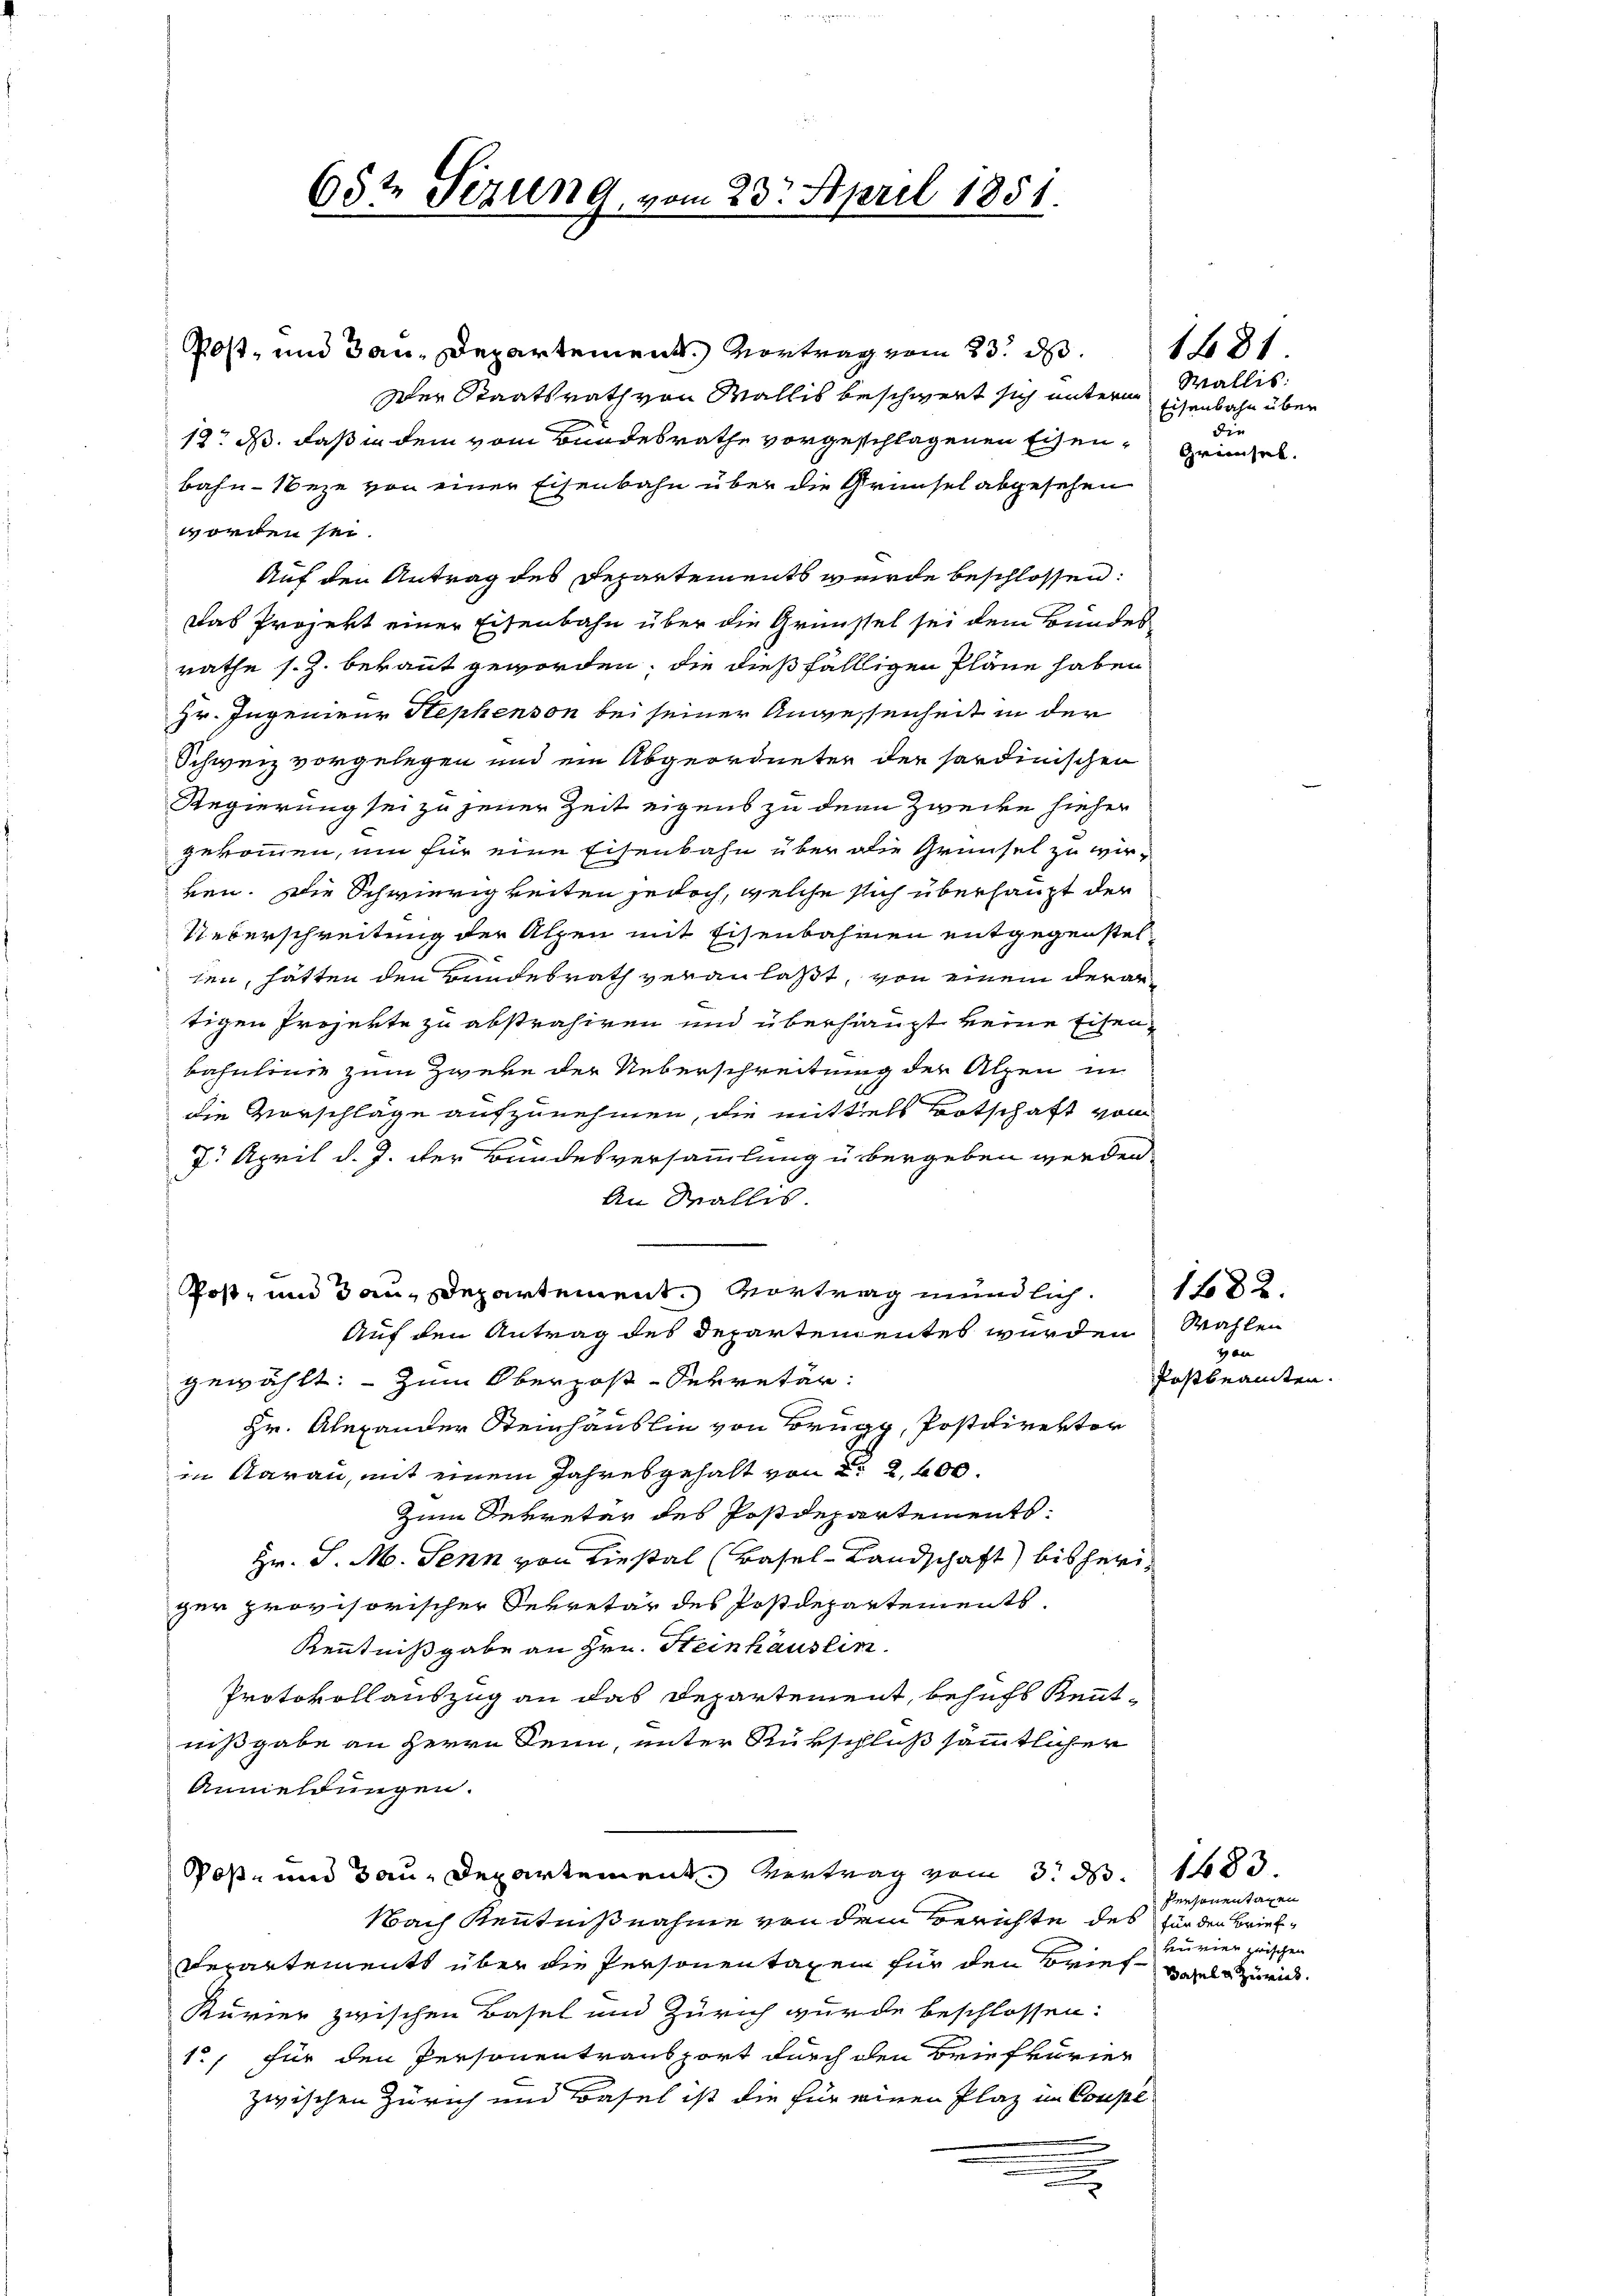
Post- und Bau-Departement. Vortrag vom 23. ds.
Der Staatsrath von Wallis beschwert sich unterm
13. ds. daß in dem vom Bundesrathe vorgeschlagenen Eisen, Gründel
bahn-Neze von einer Eisenbahn über die Grünsel abgesehen
worden sei.
Auf den Antrag des Departements wurde beschlossen:
Das Projekt einer Eisenbahn über die Grünstel sei dem Bundes
rathe s. Z. bekannt geworden, die dießfälligen Pläne haben
Hr. Ingenieur Hephenson bei seiner Anwessenheit in der
Schweiz vorgelegen und ein Abgeordneter der sardinischen
Regierung sei zu jener Zeit eigens zu dem Zwecke hieher
gekommen, um für eine Eisenbahn über die Grünsel zu wirken. Die Schwierigkeiten jedoch, welche sich überhaupt der
Ueberschreitung der Alpen mit Eisenbahren entgegenstel
len, hätten den Bundesrath veranlaßt, von einem derartigen Projekte zu abstrahiren und überhaupt keine Eisen-
bahnlinie zum Zweke der Ueberschreitung der Alpen in
die Vorschläge aufzunehmen, die mittels Botschaft vom
7. April d. J. der Bundesversammlung u. bergeben werden.
An Wallis
Post- und 3 an Departement. Vortrag mündlich.
Auf den Antrag des Departendentes wurden Wahlen
gewählt. - Zum Obergoß-Sekretär:
Hr. Alexander Steinhauslin von Brugg, Postdirektor
in darau, mit einem Jahresgehalt von § 2, 400.
Zum Sekretär des Postdepartements¬
Hr. J. M. Senn von Liestal (Basel-Landschaft) bisheriger provisorischer Sekretär des Postdepartements
Kenntnißgabe an Hrn. Steinhausein.
Protokollauszug an das Departement, behufs Kenntnißgabe an Herrn Denn, unter Rükschluß sämmtlicher
Anmeldungen.
Poß- und Bau-Departement Vertrag vom 3. d. 1483.
Nach Kenntnißnahme von dem Berichte des
Repartements über die Personentagen für den Brief als Züric
Kurier zwischen Basel und Zürich wurde beschlossen:
1., für den Personentransport durch den Briefkurier
zwischen Zürich und Basel ist die für einen Plaz im Compl

65te Serieng, vom 23. April 1851.

Wallis:
Eisenbahn über
die

1681

gen
Postbeamten.

1482

Personentagen
für den Brief
Leurien zwischen